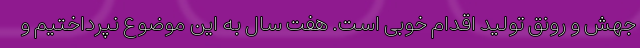
جهش و رونق تولید اقدام خوبی است. هفت سال به این موضوع نپرداختیم و